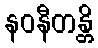
နဝနီတန္တိ